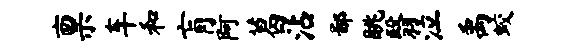
禀车和肓阿葛沾鄙眺翳泣禹蛟